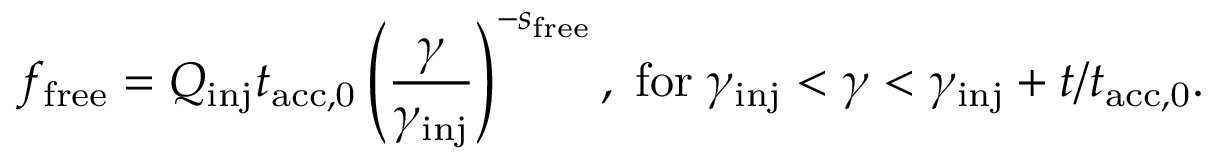
f _ { \mathrm { f r e e } } = Q _ { \mathrm { i n j } } t _ { \mathrm { a c c , 0 } } \left( \frac { \gamma } { \gamma _ { \mathrm { i n j } } } \right) ^ { - s _ { \mathrm { f r e e } } } , { \; \mathrm { f o r \; } } \gamma _ { \mathrm { i n j } } < \gamma < \gamma _ { \mathrm { i n j } } + t / t _ { \mathrm { a c c , 0 } } .